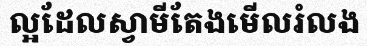
ល្អដែលស្វាមីតែងមើលរំលង